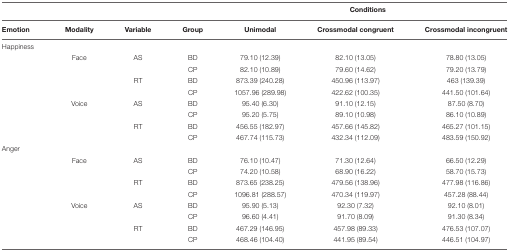
<table><thead><tr><td></td><td></td><td></td><td></td><td></td><td><b>Conditions</b></td><td></td></tr><tr><td><b>Emotion</b></td><td><b>Modality</b></td><td><b>Variable</b></td><td><b>Group</b></td><td><b>Unimodal</b></td><td><b>Crossmodal congruent</b></td><td><b>Crossmodal incongruent</b></td></tr></thead><tbody><tr><td>Happiness</td><td></td><td></td><td></td><td></td><td></td><td></td></tr><tr><td></td><td>Face</td><td>AS</td><td>BD</td><td>79.10 (12.39)</td><td>82.10 (13.05)</td><td>78.80 (13.05)</td></tr><tr><td></td><td></td><td></td><td>CP</td><td>82.10 (10.89)</td><td>79.60 (14.62)</td><td>79.20 (13.79)</td></tr><tr><td></td><td></td><td>RT</td><td>BD</td><td>873.39 (240.28)</td><td>450.96 (113.97)</td><td>463 (139.39)</td></tr><tr><td></td><td></td><td></td><td>CP</td><td>1057.96 (289.98)</td><td>422.62 (100.35)</td><td>441.50 (101.64)</td></tr><tr><td></td><td>Voice</td><td>AS</td><td>BD</td><td>95.40 (6.30)</td><td>91.10 (12.15)</td><td>87.50 (8.70)</td></tr><tr><td></td><td></td><td></td><td>CP</td><td>95.20 (5.75)</td><td>89.10 (10.98)</td><td>86.10 (10.89)</td></tr><tr><td></td><td></td><td>RT</td><td>BD</td><td>456.55 (182.97)</td><td>457.66 (145.82)</td><td>465.27 (101.15)</td></tr><tr><td></td><td></td><td></td><td>CP</td><td>467.74 (115.73)</td><td>432.34 (112.09)</td><td>483.59 (150.92)</td></tr><tr><td>Anger</td><td></td><td></td><td></td><td></td><td></td><td></td></tr><tr><td></td><td>Face</td><td>AS</td><td>BD</td><td>76.10 (10.47)</td><td>71.30 (12.64)</td><td>66.50 (12.29)</td></tr><tr><td></td><td></td><td></td><td>CP</td><td>74.20 (10.58)</td><td>68.90 (16.22)</td><td>58.70 (15.73)</td></tr><tr><td></td><td></td><td>RT</td><td>BD</td><td>873.65 (238.25)</td><td>479.56 (138.96)</td><td>477.98 (116.86)</td></tr><tr><td></td><td></td><td></td><td>CP</td><td>1096.81 (288.57)</td><td>470.34 (119.97)</td><td>457.28 (88.44)</td></tr><tr><td></td><td>Voice</td><td>AS</td><td>BD</td><td>95.90 (5.13)</td><td>92.30 (7.32)</td><td>92.10 (8.01)</td></tr><tr><td></td><td></td><td></td><td>CP</td><td>96.60 (4.41)</td><td>91.70 (8.09)</td><td>91.30 (8.34)</td></tr><tr><td></td><td></td><td>RT</td><td>BD</td><td>467.29 (146.95)</td><td>457.98 (89.33)</td><td>476.53 (107.07)</td></tr><tr><td></td><td></td><td></td><td>CP</td><td>468.46 (104.40)</td><td>441.95 (89.54)</td><td>446.51 (104.97)</td></tr></tbody></table>